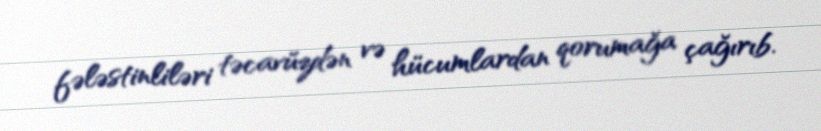
fələstinliləri təcavüzdən və hücumlardan qorumağa çağırıb.